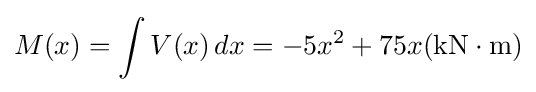
M(x)=\int V(x)\,dx=-5x^{2}+75x({\textrm {kN}}\cdot {\textrm {m}})